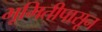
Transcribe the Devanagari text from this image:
भूमितीपासून